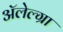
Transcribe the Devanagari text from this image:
अॅलेल्ग्रा